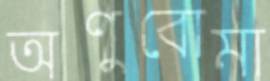
অণুবোমা